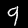
Label: 9